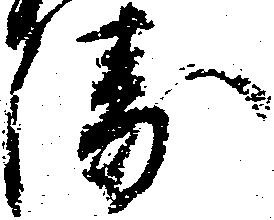
衛